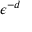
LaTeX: \epsilon ^ { - d }